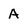
Character: A